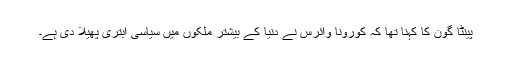
پینٹا گون کا کہنا تھا کہ کورونا وائرس نے دنیا کے بیشتر ملکوں میں سیاسی ابتری پھیلا دی ہے۔